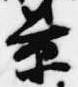
景